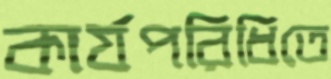
কার্যপরিধিতে